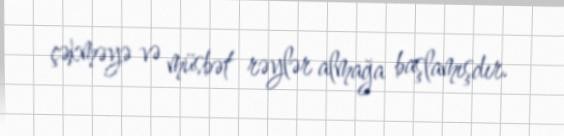
çəkməyə və müsbət rəylər almağa başlamışdır.